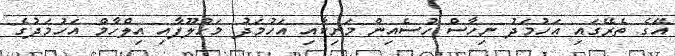
އޭގެ ތެރޭގައި އަހުމަދު ނިހާސް ހުސެއިން މަނިކާއި އަހުމަދު މަޚުލޫފާއި އިލްހާމް އަހުމަދުގެ